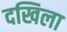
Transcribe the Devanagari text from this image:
दखिला